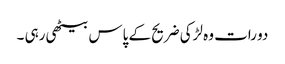
دو رات وہ لڑکی ضریح کے پاس بیٹھی رہی ۔